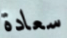
سعادة